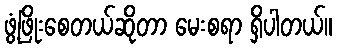
ဖွံ့ဖြိုးစေတယ်ဆိုတာ မေးစရာ ရှိပါတယ်။